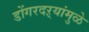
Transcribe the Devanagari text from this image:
डोंगरदऱ्यांमुळे